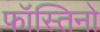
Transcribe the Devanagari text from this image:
फॉस्तिनो